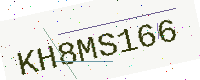
Text: KH8MS166